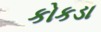
કોકડા